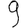
Digit: 9